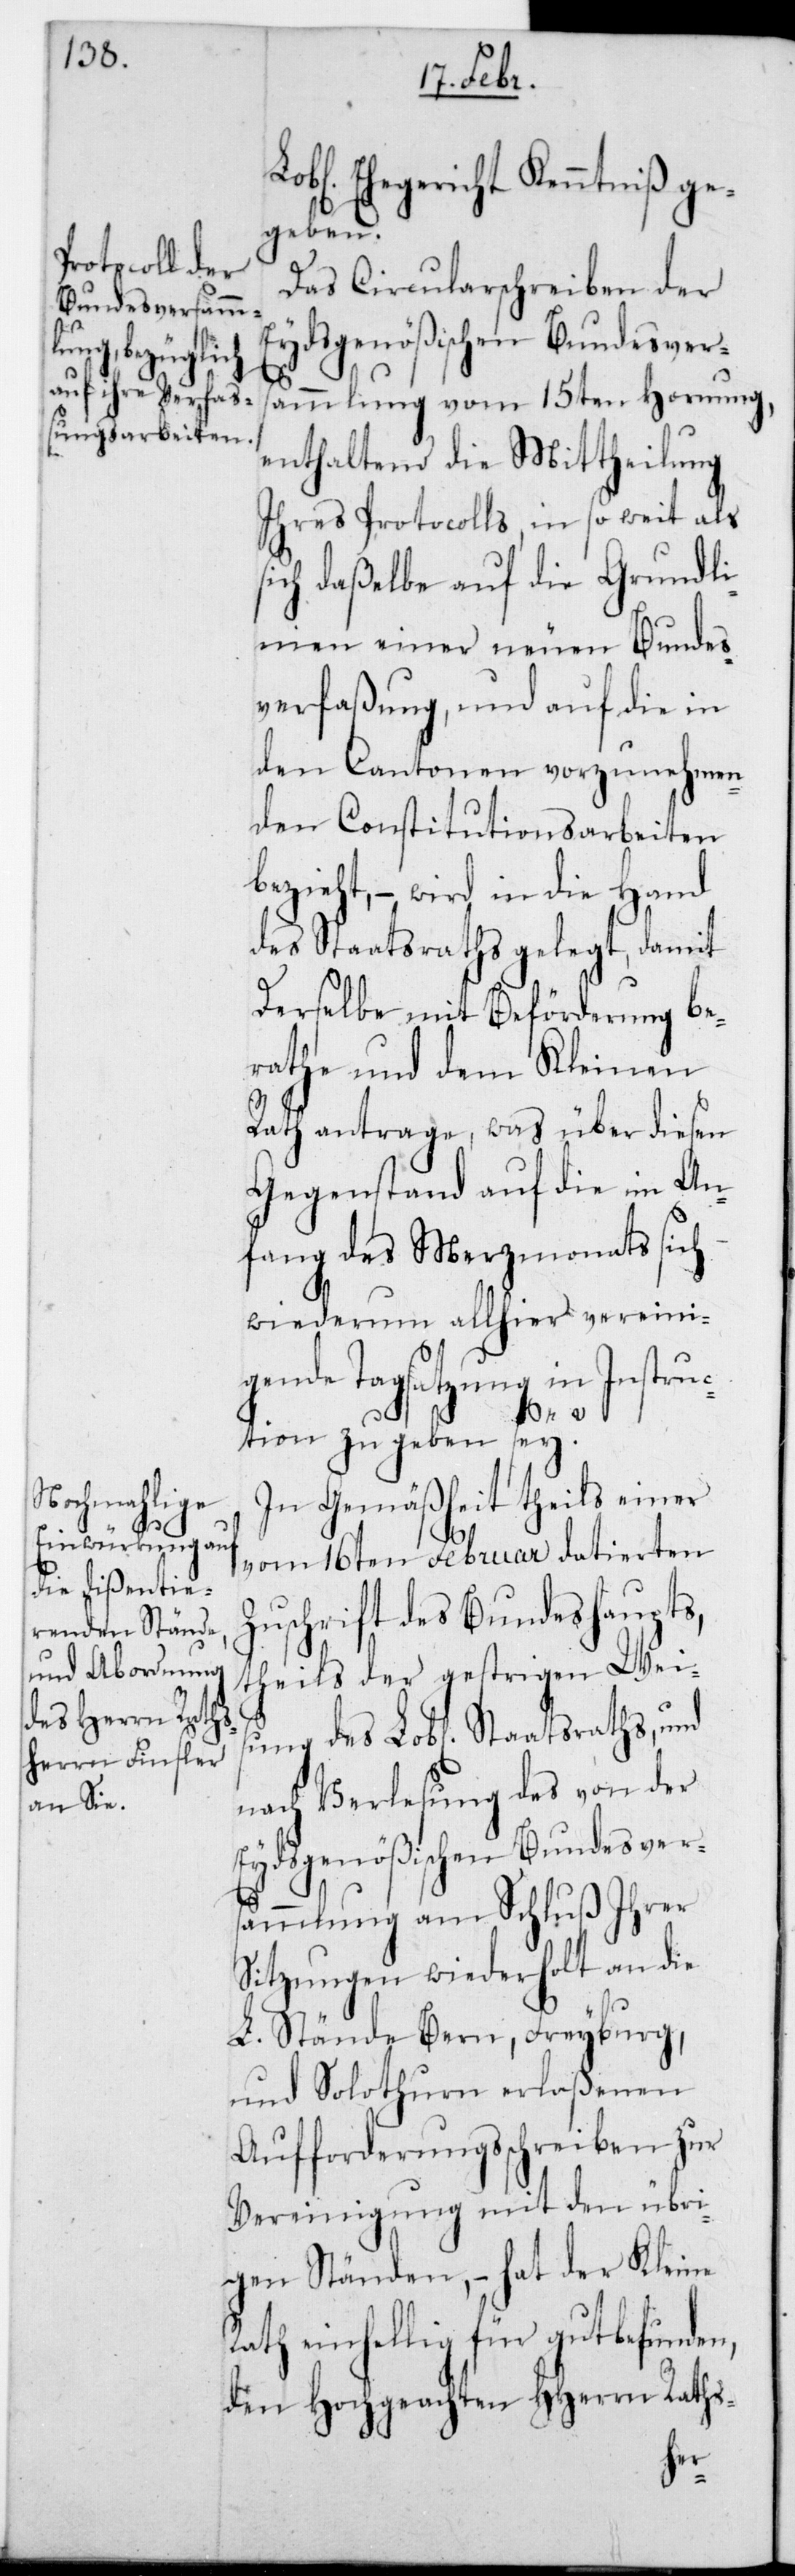
Lobl. Ehegericht Kenntniß ge¬
geben.
Das Circularschreiben der
Eydsgenößischen Bundesvers¬
ammlung vom 15ten Hornung,
enthaltend die Mittheilung
Ihres Protocolls in so weit als
sich daßelbe auf die Grundli¬
nien einer neuen Bundes¬
verfaßung, und auf die in
den Cantonen vorzunehmen¬
den Constitutionsarbeiten
bezieht, – wird in die Hand
des Staatsraths gelegt, damit
derselbe mit Beförderung be¬
rathe und dem Kleinen
Rath antrage, was über diesen
Gegenstand auf die im An¬
fang des Merzmonats sich
wiederum allhier vereini¬
gende Tagsatzung in Instruc¬
tion zu geben sey?
In Gemäßheit theils einer
vom 16ten Februar datierten
Zuschrift des Bundeshaupts,
theils der gestrigen Weis¬
ung des Lobl. Staatsraths, und
nach Verlesung des von der
Eydsgenößischen Bundesvers¬
ammlung an Schluß Ihrer
Sitzungen wiederholt an die
L. Stände Bern, Freyburg
und Solothurn erlaßenen
Aufforderungsschreiben zur
Vereinigung mit den übri¬
gen Ständen, – hat der Kleine
Rath einhellig für gut befunden,
den Hochgeachten HHerrn Raths-